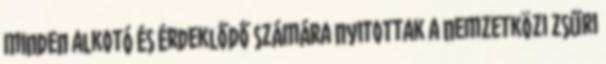
minden alkotó és érdeklődő számára nyitottak a nemzetközi zsűri